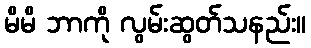
မိမိ ဘာကို လွမ်းဆွတ်သနည်း။